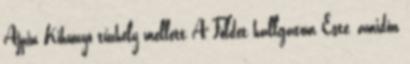
Ajpin Kihunyó tűzhely mellett A Földet hallgatom Este, amidőn